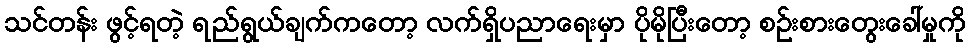
သင်တန်း ဖွင့်ရတဲ့ ရည်ရွယ်ချက်ကတော့ လက်ရှိပညာရေးမှာ ပိုမိုပြီးတော့ စဉ်းစားတွေးခေါ်မှုကို